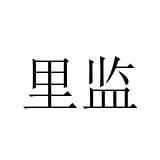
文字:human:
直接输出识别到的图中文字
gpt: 里监